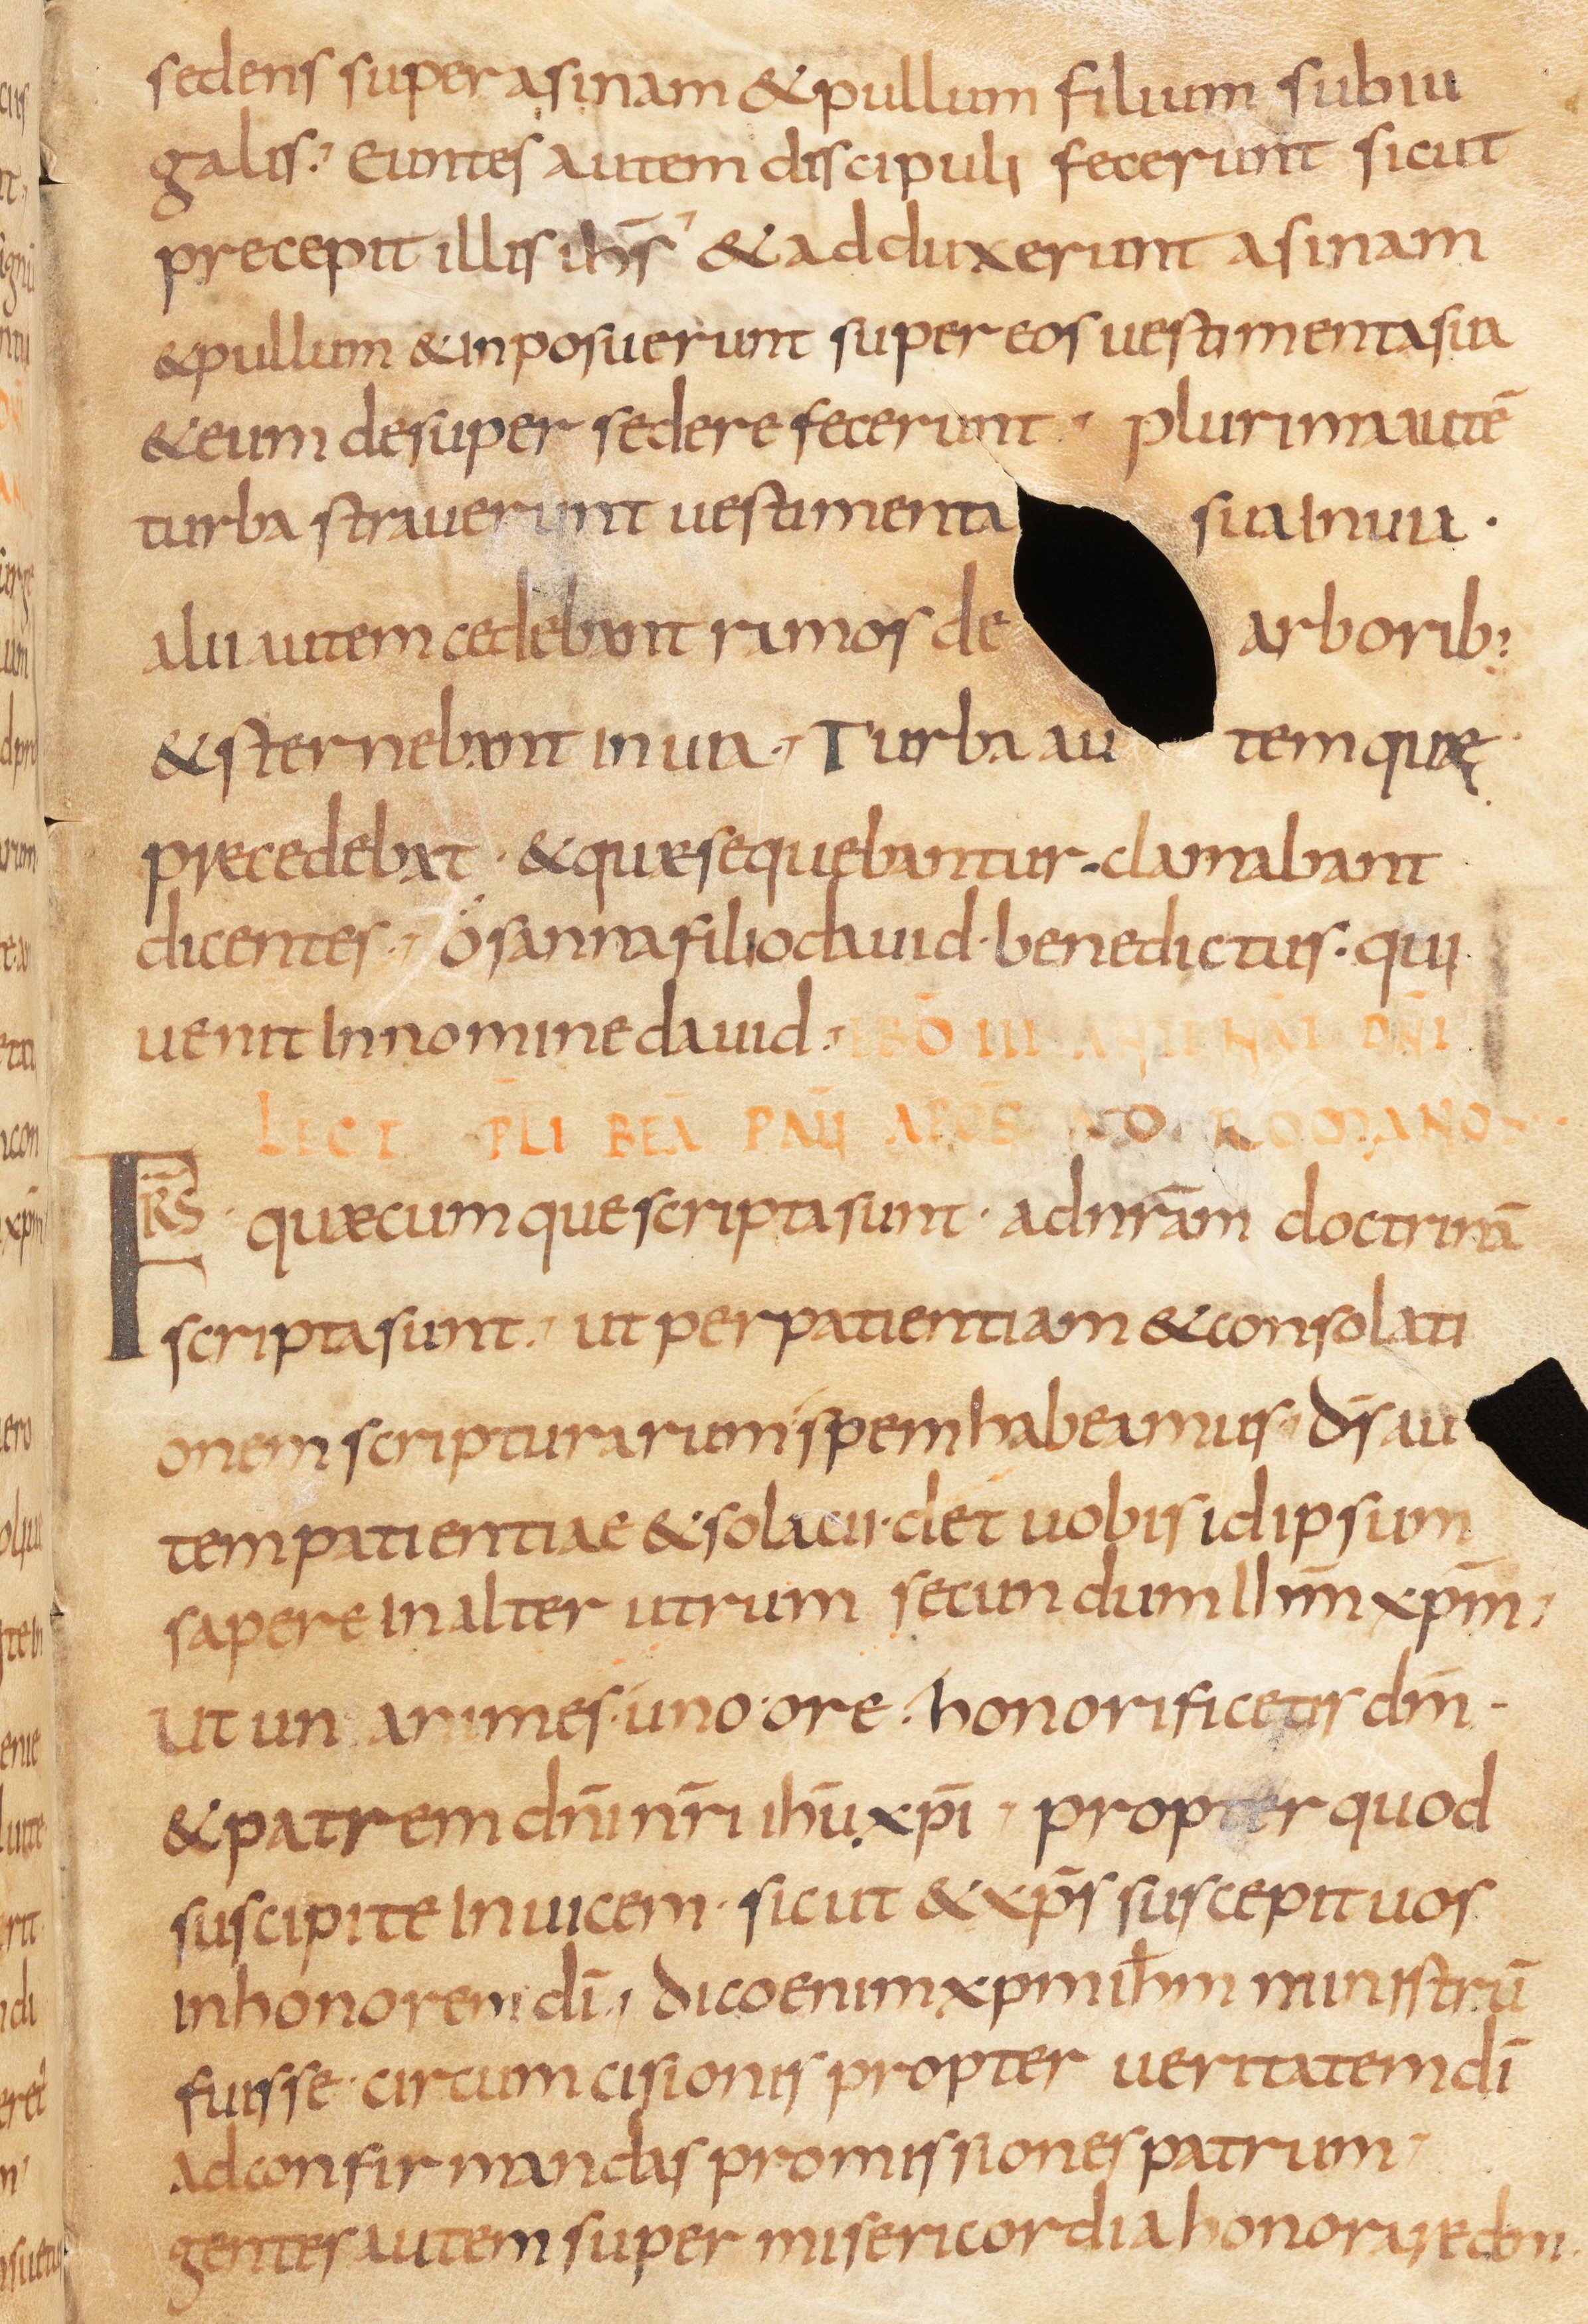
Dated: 800–830